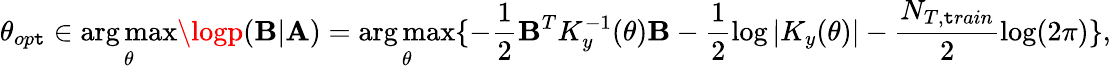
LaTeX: \theta_{op\mathtt{t}}\in\underset{\theta}{\arg\operatorname*{max}}\logp(\mathbf{{B}}|\mathbf{{A}})=\underset{\theta}{\arg\operatorname*{max}}\{ -\frac{{1}}{{2}}\mathbf{{B}}^{T}K_{y}^{-1}(\theta)\mathbf{{B}}-\frac{{1}}{{2}}\log|K_{y}(\theta)|-\frac{{N_{T,\mathtt{t}rain}}}{{2}}\log(2\pi)\} ,